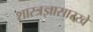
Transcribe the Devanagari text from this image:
शास्त्रज्ञासारखे